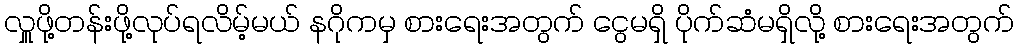
လှူဖို့တန်းဖို့လုပ်ရလိမ့်မယ် နဂိုကမှ စားရေးအတွက် ငွေမရှိ ပိုက်ဆံမရှိလို့ စားရေးအတွက်